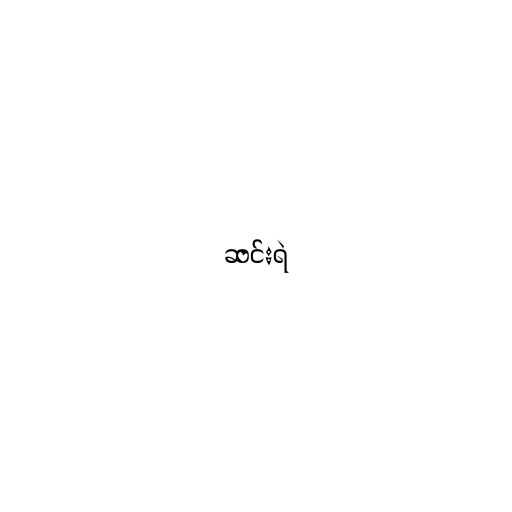
ဆင်းရဲ